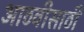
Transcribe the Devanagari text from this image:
आठवीसाठी